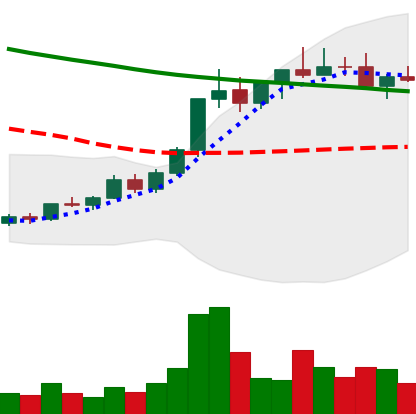
Ticker: ADA-USD
Chart end date: 2022-04-02
Forward return: -5.546%
Label: down_5_7